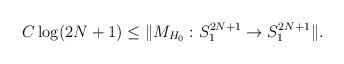
LaTeX: \begin{align*}C \log(2N+1) \leq \Vert M_{ H_0 }: S_{1}^{2N+1} \rightarrow S_{1}^{2N+1} \Vert.\end{align*}